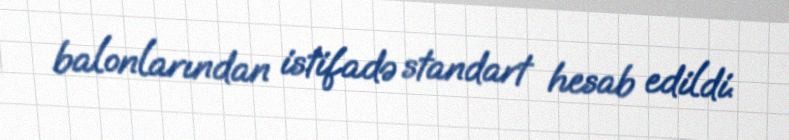
balonlarından istifadə standart hesab edildi.